Vaccine operations Central Provinces 1868-1885 - 1868-1885
Year: 1868
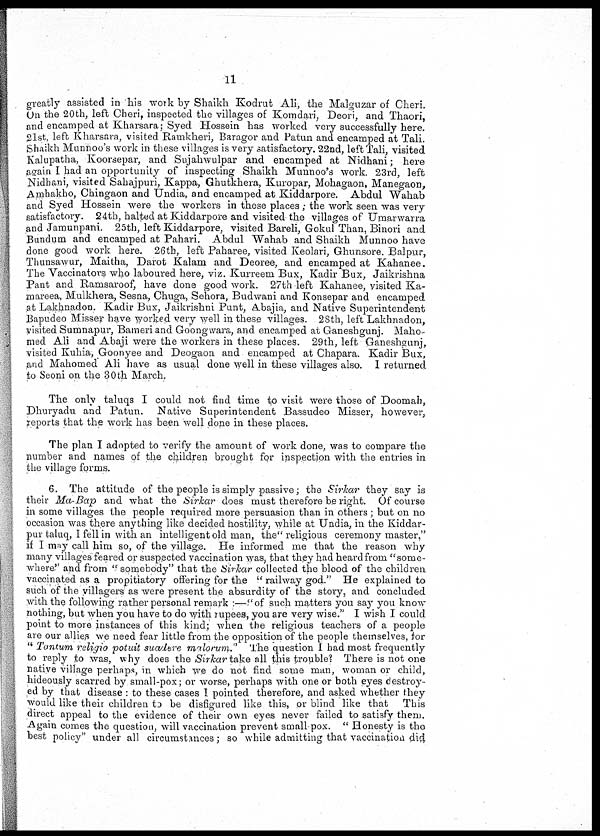
11
greatly assisted in his work by Shaikh Kodrut Ali, the Malguzar of Cheri.
On the 20th, left Cheri, inspected the villages of Komdari, Deori, and Thaori,
and encamped at Kharsara; Syed Hossein has worked very successfully here.
21st, left Kharsara, visited Ramkheri, Baragor and Patun and encamped at Tali.
Shaikh Munnoo's work in these villages is very satisfactory. 22nd, left Tali, visited
Kalupatha, Koorsepar, and Sujahwulpar and encamped at Nidhani; here
again I had an opportunity of inspecting Shaikh Munnoo's work. 23rd, left
Nidhani, visited Sahajpuri, Kappa, Ghutkhera, Kuropar, Mohagaon, Manegaon,
Amhakho, Chingaon and Undia, and encamped at Kiddarpore. Abdul Wahab
and Syed Hossein were the workers in these places ; the work seen was very
satisfactory. 24th, halted at Kiddarpore and visited the villages of Umarwarra
and Jamunpani. 25th, left Kiddarpore, visited Bareli, Gokul Than, Binori and
Bundum and encamped at Pahari. Abdul Wahab and Shaikh Munnoo have
done good work here. 26th, left Paharee, visited Keolari, Ghunsore. Balpur,
Thunsawur, Maitha, Darot Kalam and Deoree, and encamped at Kahanee.
The Vaccinators who laboured here, viz. Kurreem Bux, Kadir Bux, Jaikrishna
Pant and Ramsaroof, have done good work. 27th left Kahanee, visited Ka-
mareea, Mulkhera, Sesna, Chuga, Sehora, Budwani and Konsepar and encamped
at Lakhnadon. Kadir Bux, Jaikrishni Punt, Abajia, and Native Superintendent
Bapudeo Misser have worked very well in these villages. 28th, left Lakhnadon,
visited Sumnapur, Bameri and Goongwara, and encamped at Ganeshgunj. Maho-
med Ali and Abaji were the workers in these places. 29th, left Ganeshgunj,
visited Kuhia, Goonyee and Deogaon and encamped at Chapara. Kadir Bux,
and Mahomed Ali have as usual done well in these villages also. I returned
to Seoni on the 30 th March.
The only taluqs I could not find time to visit were those of Doomah,
Dhuryadu and Patun. Native Superintendent Bassudeo Misser, however,
reports that the work has been well done in these places.
The plan I adopted to verify the amount of work done, was to compare the
number and names of the children brought for inspection with the entries in
the village forms.
6. The attitude of the people is simply passive; the Sirkar they say is
their Ma-Bap and what the Sirkar does must therefore be right. Of course
in some villages the people required more persuasion than in others ; but on no
occasion was there anything like decided hostility, while at Undia, in the Kiddar-
pur taluq, I fell in with an intelligent old man, the" religious ceremony master,"
if I may call him so, of the village. He informed me that the reason why
many villages feared or suspected vaccination was , that they had heard from "some-
where" and from " somebody" that the Sirkar collected the blood of the children
vaccinated as a propitiatory offering for the "railway god." He explained to
such of the villagers as were present the absurdity of the story, and concluded
with the following rather personal remark :—"of such matters you say you know
nothing, but when you have to do with rupees, you are very wise." I wish I could
point to more instances of this kind; when the religious teachers of a people
are our allies we need fear little from the opposition of the people themselves, for
" Tantum religio potuit suadere malorum." The question I had most frequently
to reply to was, why does the Sirkar take all this trouble? There is not one
native village perhaps, in which we do not find some man, woman or child,
hideously scarred by small-pox; or worse, perhaps with one or both eyes destroy-
ed by that disease : to these cases I pointed therefore, and asked whether they
would like their children to be disfigured like this, or blind like that This
direct appeal to the evidence of their own eyes never failed to satisfy them.
Again comes the question, will vaccination prevent small-pox. " Honesty is the
best policy" under all circumstances; so while admitting that vaccination did